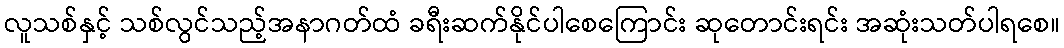
လူသစ်နှင့် သစ်လွင်သည့်အနာဂတ်ထံ ခရီးဆက်နိုင်ပါစေကြောင်း ဆုတောင်းရင်း အဆုံးသတ်ပါရစေ။